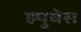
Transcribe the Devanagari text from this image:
ह्युघेस